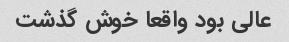
عالی بود واقعا خوش گذشت